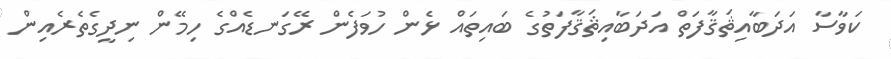
ކަވާސާ އަދަބާއިޘަޤާފަތް އަދަބާއިޘަޤާފަތުގެ ބައިތައް ޅެން ހުވަފެން ރޭގަނޑެއްގެ ހިމޭން ނިދީގެތެރެއިން